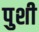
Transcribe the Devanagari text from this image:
पुशी